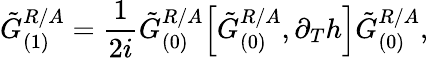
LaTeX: \tilde{G}_{(1)}^{R/A}=\frac{1}{2i}\tilde{G}_{(0)}^{R/A}\Big[\tilde{G}_{(0)}^{R/A},\partial_{T}h\Big]\tilde{G}_{(0)}^{R/A},